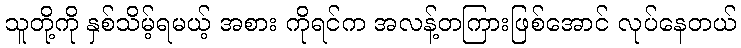
သူတို့ကို နှစ်သိမ့်ရမယ့် အစား ကိုရင်က အလန့်တကြားဖြစ်အောင် လုပ်နေတယ်